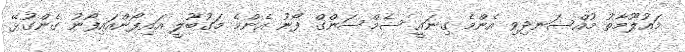
މައުލޫމާތު މުއްސަނދިވި އެންމެ ގިނައީ ސެމްސަންގް ފޯނު އެންމެ މަގުބޫލީ އައިފޯންއައިފޯނު ގެންގުޅޭ